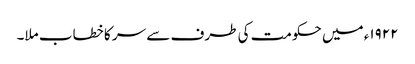
١٩٢٢ء میں حکومت کی طرف سے سر کا خطاب ملا۔